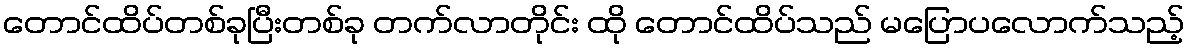
တောင်ထိပ်တစ်ခုပြီးတစ်ခု တက်လာတိုင်း ထို တောင်ထိပ်သည် မပြောပလောက်သည့်